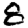
Digit: 8